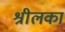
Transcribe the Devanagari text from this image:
श्रीलकां